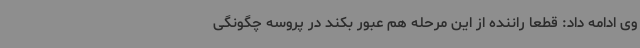
وی ادامه داد: قطعا راننده از این مرحله هم عبور بکند در پروسه چگونگی